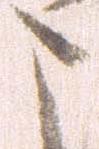
こ